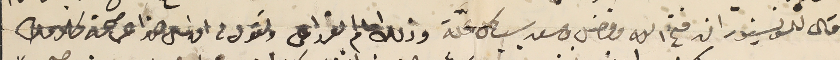
قال للمونسيور ان فتح الله وفاضل ومسعد سبب كل علة وذلك امام القرار عما وتقول فى اوانه هذا عن صحة كلامك